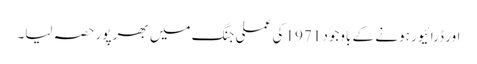
اور ڈرائیور ہونے کے باوجود 1971 کی عملی جنگ میں بھر پور حصہ لیا۔